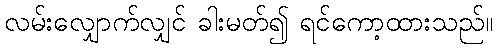
လမ်းလျှောက်လျှင် ခါးမတ်၍ ရင်ကော့ထားသည်။